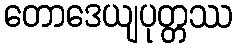
တောဒေယျပုတ္တဿ